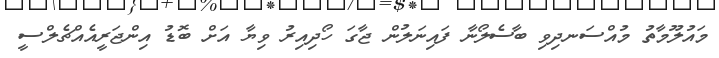
މައުލޫމާތު މުއްސަނދިވި ބާސެލޯނާ ފައިނަލުން ޖާގަ ހޯދިއިރު ވިޔާ އަށް ބޮޑު އިންޖަރީއެއްޗެލްސީ